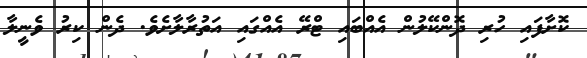
ކޮށާފައި ހުރި ދޮންކޭލުން އެއްބައި ޓްރޭ އެއްގައި އަތުރާލާށެވެ. ދެން ކިރު ވެނީލާ